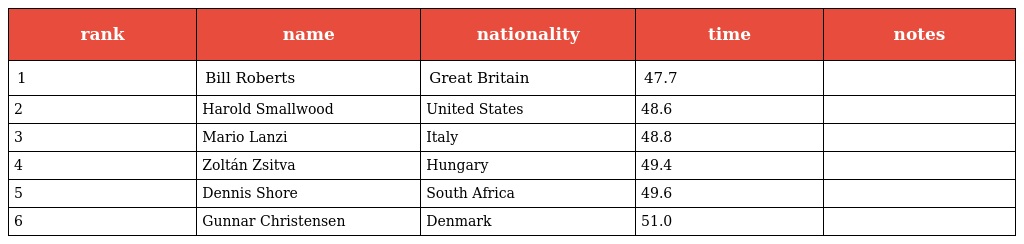
| rank | name | nationality | time | notes |
 | --- | --- | --- | --- | --- |
 | 1 | Bill Roberts | Great Britain | 47.7 |  |
 | 2 | Harold Smallwood | United States | 48.6 |  |
 | 3 | Mario Lanzi | Italy | 48.8 |  |
 | 4 | Zoltán Zsitva | Hungary | 49.4 |  |
 | 5 | Dennis Shore | South Africa | 49.6 |  |
 | 6 | Gunnar Christensen | Denmark | 51.0 |  |